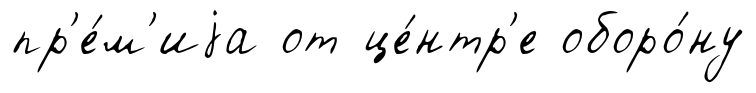
пр'е́м'иjа от це́нтр'е оборо́ну